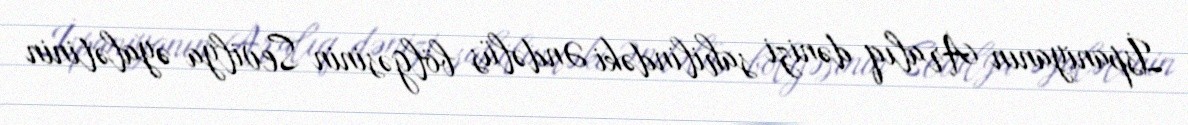
İspaniyanın Aralıq dənizi sahilindəki Əndəlüs bölgəsinin Sevilya əyalətinin